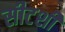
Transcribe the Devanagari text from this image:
सीटशी